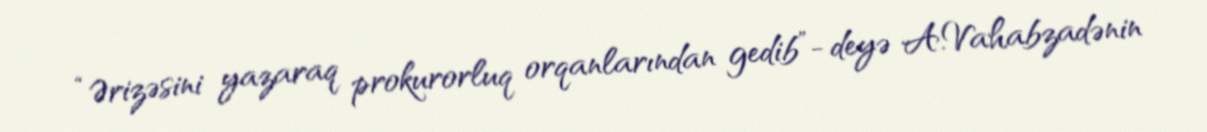
“Ərizəsini yazaraq prokurorluq orqanlarından gedib”- deyə A.Vahabzadənin